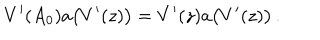
V ^ { \prime } ( A _ { 0 } ) a \bigl ( V ^ { \prime } ( z ) \bigr ) = V ^ { \prime } ( z ) a \bigl ( V ^ { \prime } ( z ) \bigr ) \, .